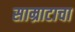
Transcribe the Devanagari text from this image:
साम्राटाचा